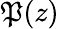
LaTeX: \mathfrak{P}(z)